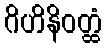
ဂိဟိနိဝတ္ထံ